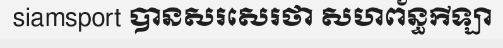
siamsport បានសរសេរថា សហព័ន្ធកីឡា